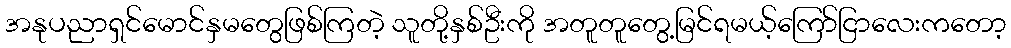
အနုပညာရှင်မောင်နှမတွေဖြစ်ကြတဲ့ သူတို့နှစ်ဦးကို အတူတူတွေ့မြင်ရမယ့်ကြော်ငြာလေးကတော့